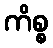
ကိစ္စ